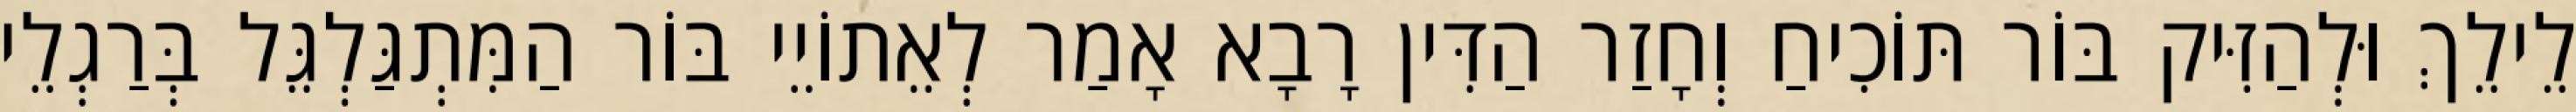
לֵילֵךְ וּלְהַזִּיק בּוֹר תּוֹכִיחַ וְחָזַר הַדִּין רָבָא אָמַר לְאֵתוֹיֵי בּוֹר הַמִּתְגַּלְגֵּל בְּרַגְלֵי